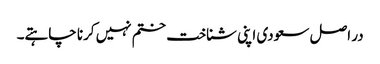
در اصل سعودی اپنی شناخت ختم نہیں کرنا چاہتے۔